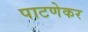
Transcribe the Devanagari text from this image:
पाटणेकर